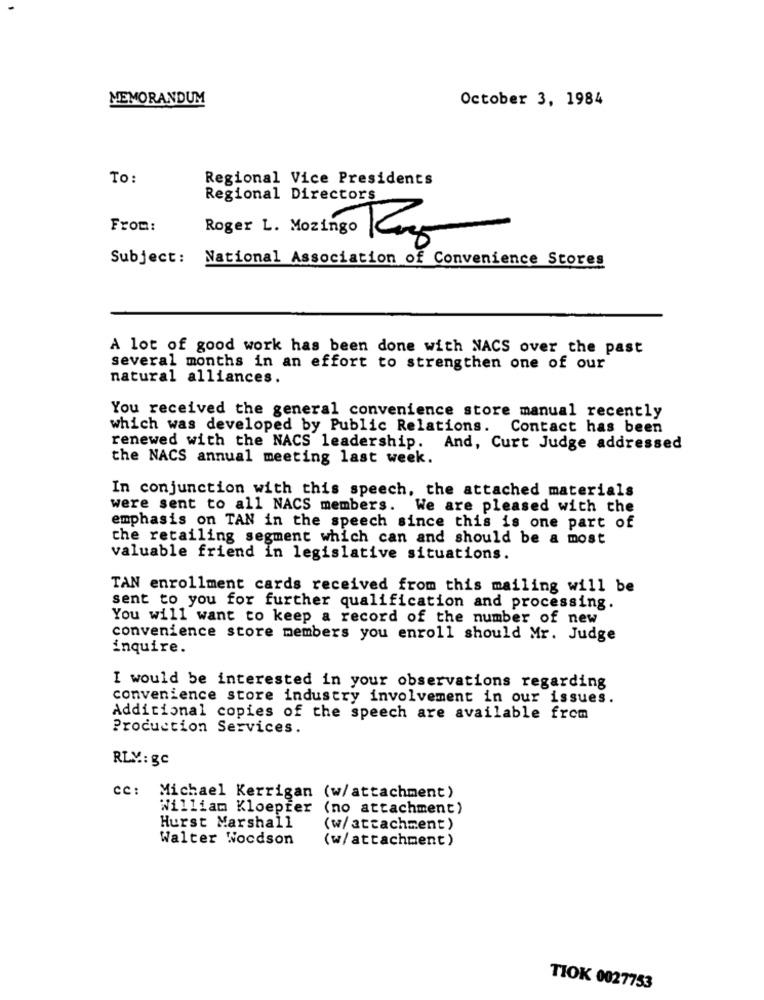
MEMORANDUM
October 3, 1984
To:
Regional Vice Presidents
Regional Directors
From:
Roger L. Mozingo Pa
Subject: National Association of Convenience Stores
A lot of good work has been done with NACS over the past
several months in an effort to strengthen one of our
natural alliances.
You received the general convenience store manual recently
which was developed by Public Relations. Contact has been
renewed with the NACS leadership. And, Curt Judge addressed
the NACS annual meeting last week.
In conjunction with this speech, the attached materials
were sent to all NACS members. We are pleased with the
emphasis on TAN in the speech since this is one part of
the retailing segment which can and should be a most
valuable friend in legislative situations.
TAN enrollment cards received from this mailing will be
sent to you for further qualification and processing.
You will want to keep a record of the number of new
convenience store members you enroll should Mr. Judge
inquire.
I would be interested in your observations regarding
convenience store industry involvement in our issues.
Additional copies of the speech are available from
Production Services.
RLY: gc
cc: Michael Kerrigan (w/attachment)
William Kloepfer
(no attachment)
Hurst Marshall
(w/attachment)
Walter Woodson
(w/attachment)
TIOK 0027753